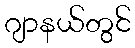
ဂျာနယ်တွင်